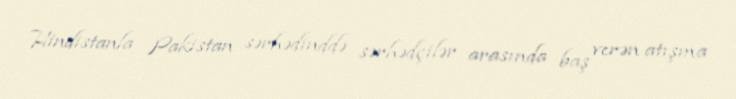
Hindistanla Pakistan sərhədinddə sərhədçilər arasında baş verən atışma